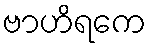
ဗာဟိရကေ